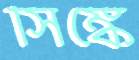
সিঙ্কে